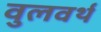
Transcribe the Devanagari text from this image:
वुलवर्थ